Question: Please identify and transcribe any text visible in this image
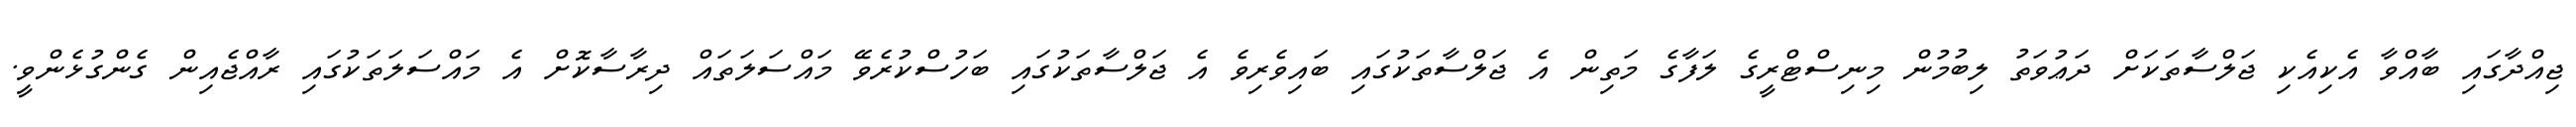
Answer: ޖިއްދާގައި ބާއްވާ އެކިއެކި ޖަލްސާތަކަށް ދަޢުވަތު ލިބުމުން މިނިސްޓްރީގެ ލަފާގެ މަތިން އެ ޖަލްސާތަކުގައި ބައިވެރިވެ އެ ޖަލްސާތަކުގައި ބަހުސްކުރެވޭ މައްސަލަތައް ދިރާސާކޮށް އެ މައްސަލަތަކުގައި ރާއްޖެއިން ގެންގުޅެންވީ.